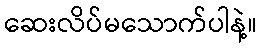
ဆေးလိပ်မသောက်ပါနဲ့။